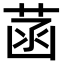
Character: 菡